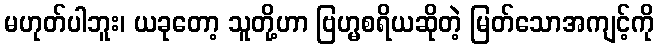
မဟုတ်ပါဘူး၊ ယခုတော့ သူတို့ဟာ ဗြဟ္မစရိယဆိုတဲ့ မြတ်သောအကျင့်ကို